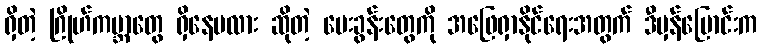
ရှိတဲ့ ဂြိုဟ်ကမ္ဘာတွေ ရှိနေမလား ဆိုတဲ့ မေးခွန်းတွေကို အဖြေရှာနိုင်ရေးအတွက် ဒီမှန်ပြောင်းက